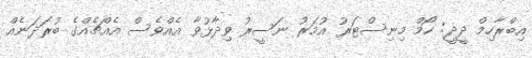
އިބްރާހިމް ދީދީ: ހޯމް މިނިސްޓަރު އުމަރު ނަސީރު ވިދާޅުވާ އެއްވެސް އެއްޗެއްގެ ބުރަދަނެއް